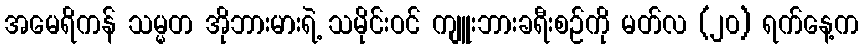
အမေရိကန် သမ္မတ အိုဘားမားရဲ့ သမိုင်းဝင် ကျူးဘားခရီးစဉ်ကို မတ်လ (၂၀) ရက်နေ့က